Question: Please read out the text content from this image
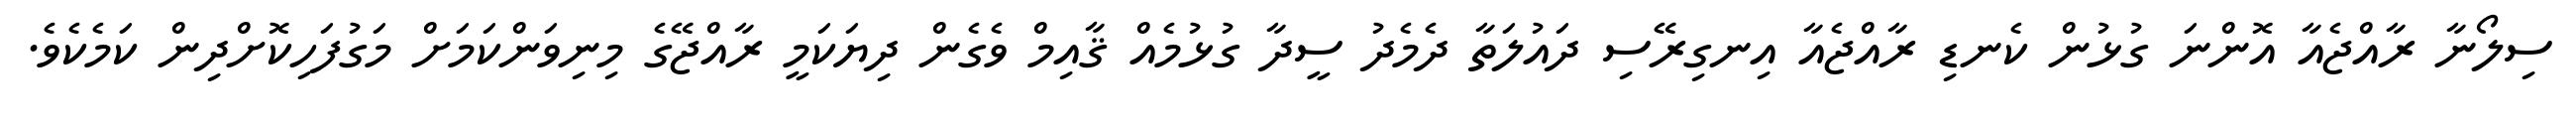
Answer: ސިލޯނާ ރާއްޖެއާ އޮންނަ ގުޅުން ކެނޑި ރާއްޖެއާ އިނގިރޭސި ދައުލަތާ ދެމެދު ސީދާ ގުޅުމެއް ޤާއިމް ވެގެން ދިޔަކަމީ ރާއްޖޭގެ މިނިވަންކަމަށް މަގުފަހިކޮށްދިން ކަމެކެވެ.